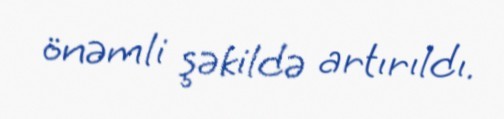
önəmli şəkildə artırıldı.